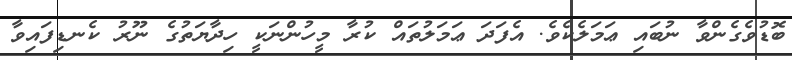
ބޮޑުވެގެންވާ ނުބައި ޢަމަލެކެވެ. އެފަދަ ޢަމަލުތައް ކުރާ މީހުންނަކީ ހިދާޔަތުގެ ނޫރު ކެނޑިފައިވާ